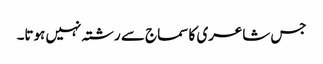
جس شاعری کا سماج سے رشتہ نہیں ہوتا۔